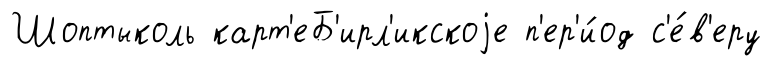
Шоптыколь карт'еБ'ирл'икскоjе п'ер'и́од с'е́в'еру